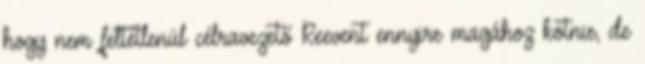
hogy nem feltétlenül célravezető Reevent ennyire magához kötnie, de